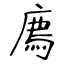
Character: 廌